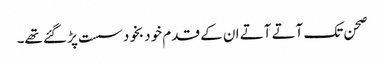
صحن تک آتے آتے ان کے قدم خود بخود سست پڑ گئے تھے۔